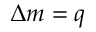
\Delta m = q